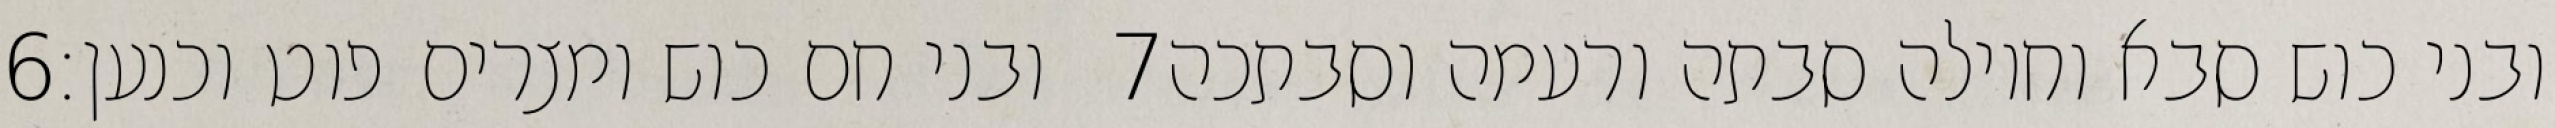
‎6‏ ובני חם כוש ומצרים פוט וכנען׃ ‎7‏ ובני כוש סבא וחוילה סבתה ורעמה וסבתכה